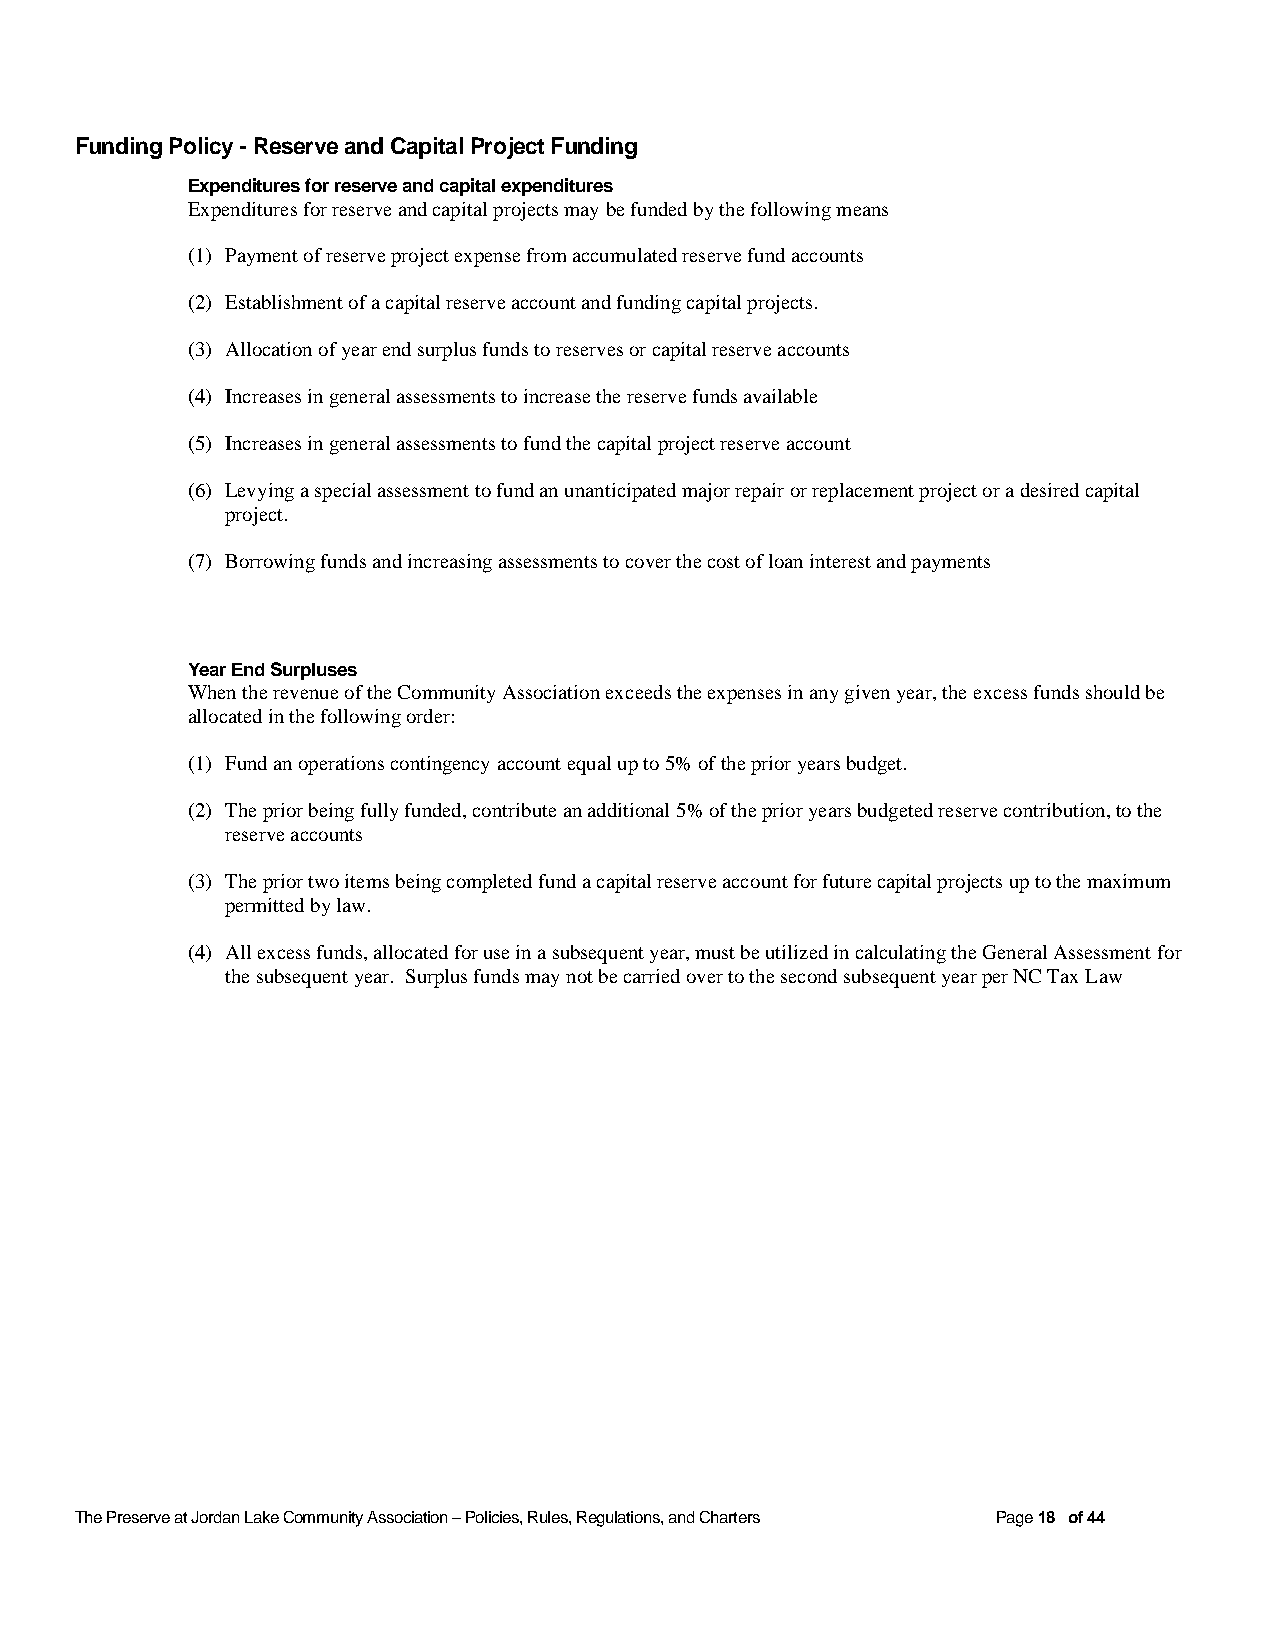
Funding Policy - Reserve and Capital Project Funding
 Expenditures for reserve and capital expenditures
 Expenditures for reserve and capital projects may be funded by the following means
 (1) Payment of reserve project expense from accumulated reserve fund accounts
 (2) Establishment of a capital reserve account and funding capital projects.
 (3) Allocation of year end surplus funds to reserves or capital reserve accounts
 (4) Increases in general assessments to increase the reserve funds available
 (5) Increases in general assessments to fund the capital project reserve account
 (6) Levying a special assessment to fund an unanticipated major repair or replacement project or a desired capital
 project.
 (7) Borrowing funds and increasing assessments to cover the cost of loan interest and payments
 Year End Surpluses
 When the revenue of the Community Association exceeds the expenses in any given year, the excess funds should be
 allocated in the following order:
 (1) Fund an operations contingency account equal up to 5% of the prior years budget.
 (2) The prior being fully funded, contribute an additional 5% of the prior years budgeted reserve contribution, to the
 reserve accounts
 (3) The prior two items being completed fund a capital reserve account for future capital projects up to the maximum
 permitted by law.
 (4) All excess funds, allocated for use in a subsequent year, must be utilized in calculating the General Assessment for
 the subsequent year. Surplus funds may not be carried over to the second subsequent year per NC Tax Law
 The Preserve at Jordan Lake Community Association – Policies, Rules, Regulations, and Charters Page 18 of 44